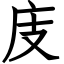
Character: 庋